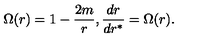
\Omega ( r ) = 1 - \frac { 2 m } { r } , \frac { d r } { d r ^ { \ast } } = \Omega ( r ) .